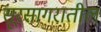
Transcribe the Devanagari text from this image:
सूरसागरातील